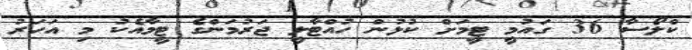
ކްލޯސާ 36 ގައުމީ ޓީމަށް ކުޅުން ހުއްޓާލީ ޖަރުމަންގެ ޓީމާއެކު މި އަހަރު